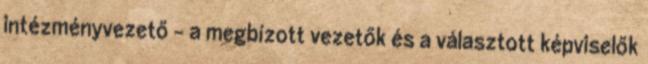
intézményvezető - a megbízott vezetők és a választott képviselők